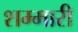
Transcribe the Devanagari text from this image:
शम्मारी